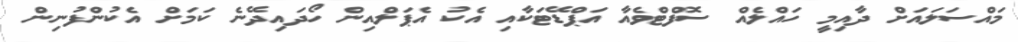
މައްސަލައަށް ދާއިމީ ހައްލެއް ސޮފްޓްވެއާ އަޕްޑޭޓަކާއި އެކު އެޕަލްއިން ހޯދައިދޭނެ ކަމަށް އެކުންފުނިން